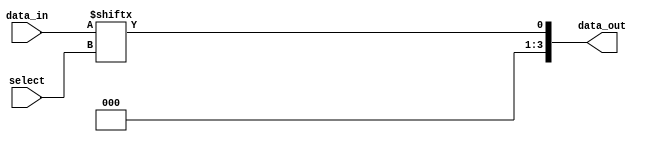
module part_select_assign (
    input [7:0] data_in,
    input [3:0] select,
    output [3:0] data_out
);

assign data_out = data_in[select];

endmodule